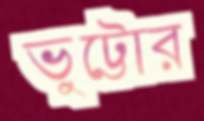
ভুট্টোর